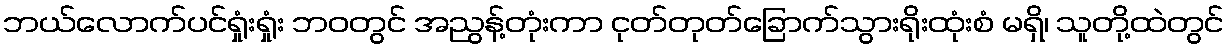
ဘယ်လောက်ပင်ရှုံးရှုံး ဘဝတွင် အညွန့်တုံးကာ ငုတ်တုတ်ခြောက်သွားရိုးထုံးစံ မရှိ၊ သူတို့ထဲတွင်